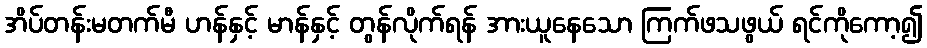
အိပ်တန်းမတက်မီ ဟန်နှင့် မာန်နှင့် တွန်လိုက်ရန် အားယူနေသော ကြက်ဖသဖွယ် ရင်ကိုကော့၍